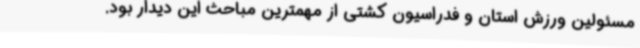
مسئولین ورزش استان و فدراسیون کشتی از مهمترین مباحث این دیدار بود.